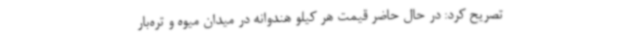
تصریح کرد: در حال حاضر قیمت هر کیلو هندوانه در میدان میوه و تره‌بار